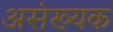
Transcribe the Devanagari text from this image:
असंख्यक